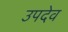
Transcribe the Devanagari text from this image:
उपदेव